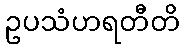
ဥပသံဟရတီတိ